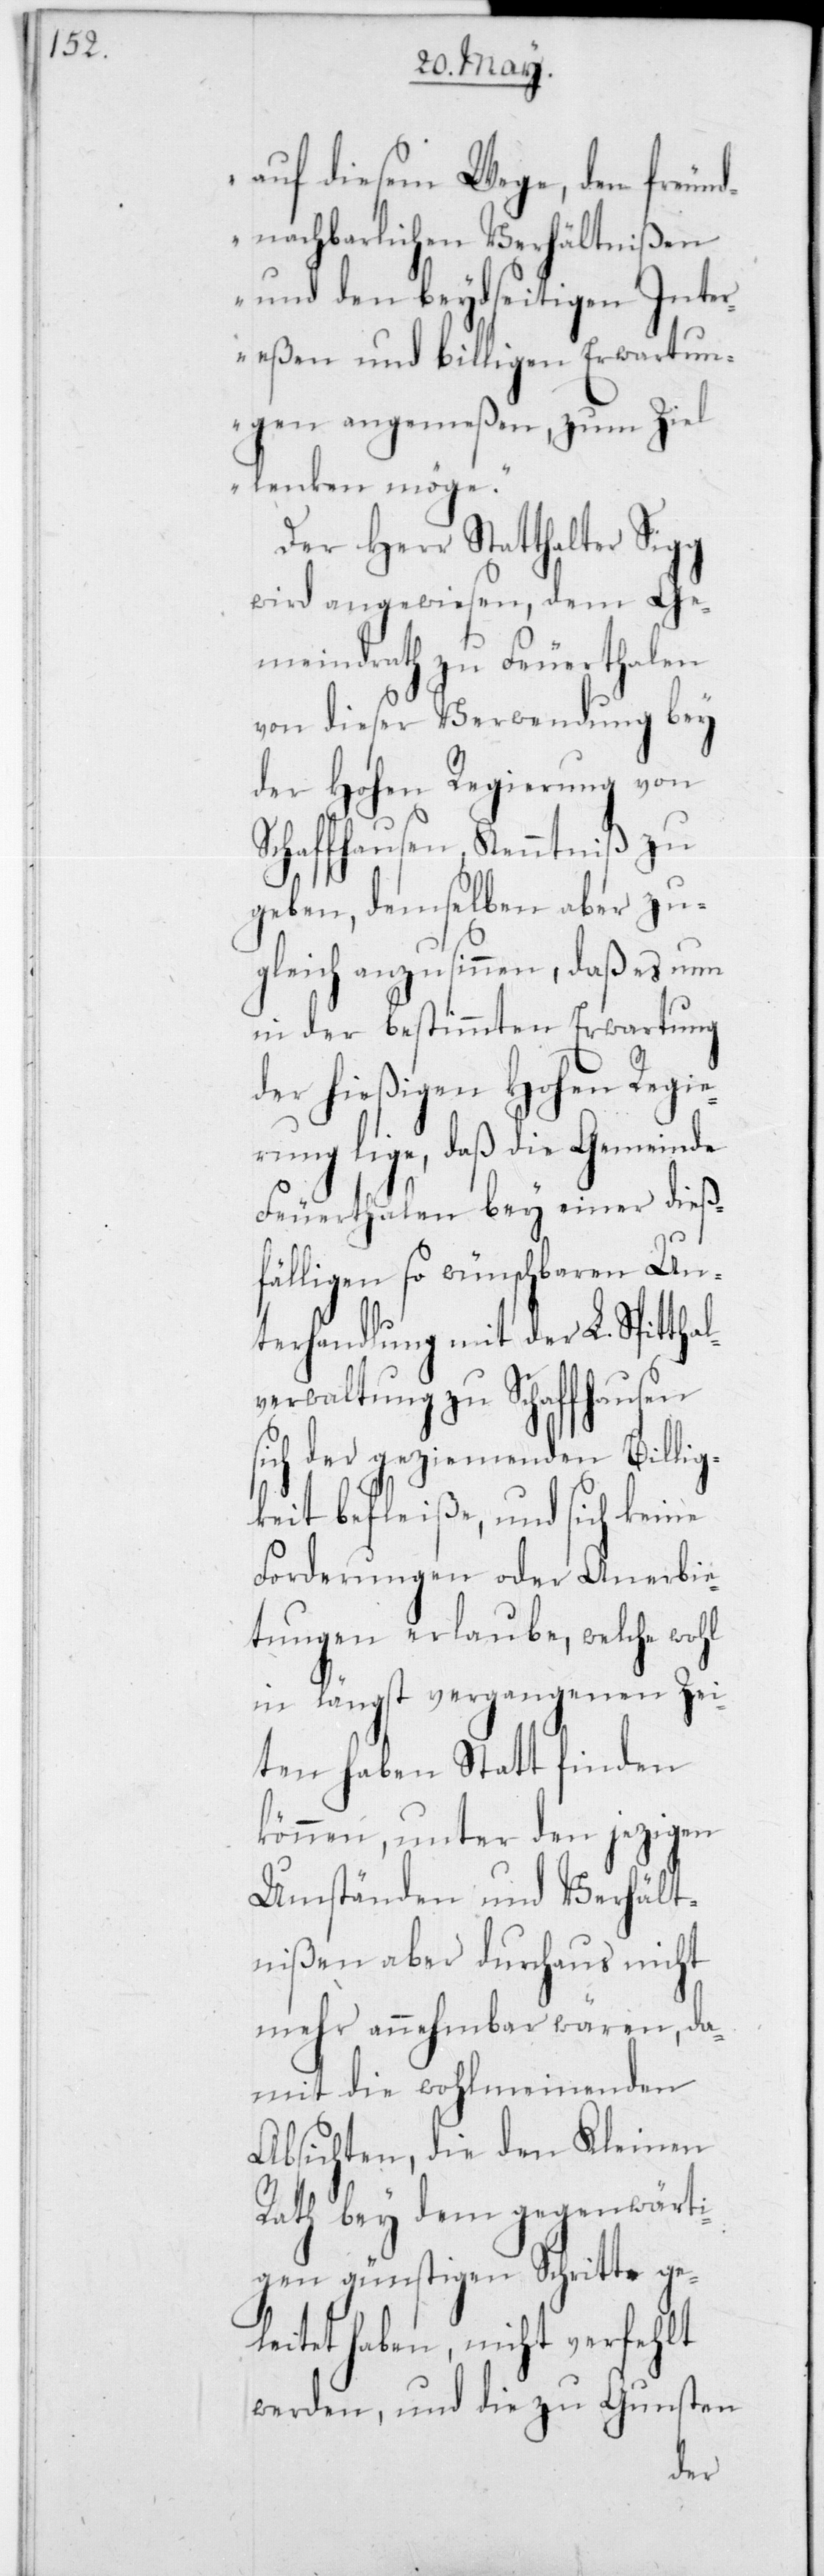
auf diesem Wege, den freund¬
nachbarlichen Verhältnißen
und den beydseitigen Inte¬
reßen und billigen Erwartun¬
gen angemeßen zum Ziel
lenken möge“.
Der Herr Statthalter Sigg
wird angewiesen, dem Ge¬
meindrath zu Feuerthalen
von dieser Verwendung bey
der hohen Regierung von
Schaffhausen, Kenntniß zu
geben, demselben aber zu¬
gleich anzusinnen, daß es nun
in der bestimmten Erwartung
der hießigen Hohen Regie¬
rung liege, daß die Gemeinde
Feuerthalen bey einer dieß¬
fälligen so wünschbaren Un¬
terhandlung mit der L. Spitthal¬
verwaltung zu Schaffhausen
sich der geziemenden Billig¬
keit befleiße, und sich keine
Forderungen oder Anerbie¬
tungen erlaube, welche wohl
in längst vergangenen Zei¬
ten haben Statt finden
können, unter den jezigen
Umständen und Verhält¬
nißen aber durchaus nicht
mehr annehmbar wären, da¬
mit die wohlmeinenden
Absichten, die den Kleinen
Rath bey dem gegenwärti¬
gen günstigen Schritte ge¬
leitet haben, nicht verfehlt
werden, und die zu Gunsten